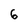
Character: 6